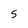
Character: S